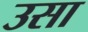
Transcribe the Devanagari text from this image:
उसा